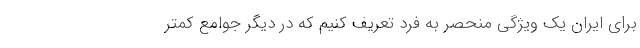
برای ایران یک ویژگی منحصر به فرد تعریف کنیم که در دیگر جوامع کمتر